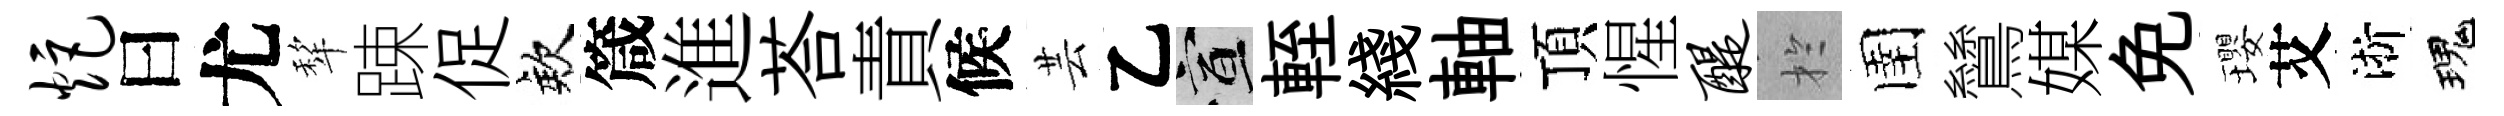
炬曰尤犂踈促欸箴進荅責候芸乙宣輊綫軸頂惺醍扵圉鷥媒免瓔艾淅瑰